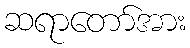
ဆရာတော်အား